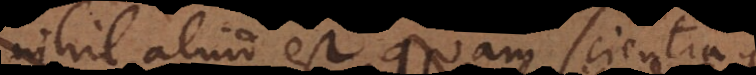
nihil aliud est quam scientia